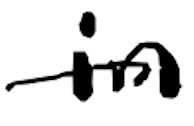
Text: in
Cross-out: single-line
Writing tool: digital_black